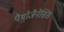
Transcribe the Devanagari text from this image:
पैथोजैनेसिस